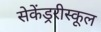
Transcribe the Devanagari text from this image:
सेकेंड्ररीस्कूल